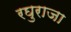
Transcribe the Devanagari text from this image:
रघुराजा